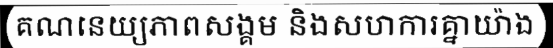
គណនេយ្យភាពសង្គម និងសហការគ្នាយ៉ាង